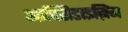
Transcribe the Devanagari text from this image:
आक्सिडाइज़िंग